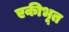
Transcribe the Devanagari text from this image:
एकीभूत